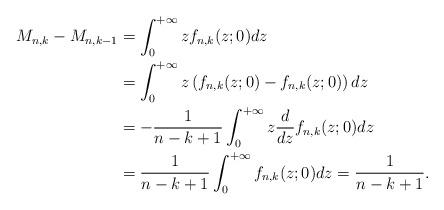
LaTeX: \begin{align*}M_{n,k}-M_{n,k-1}&=\int_{0}^{+\infty}zf_{n,k}(z;0)dz\\&=\int_{0}^{+\infty}z\left(f_{n,k}(z;0)-f_{n,k}(z;0)\right)dz\\&=-\frac{1}{n-k+1}\int_{0}^{+\infty}z\frac{d}{dz}f_{n,k}(z;0)dz\\&=\frac{1}{n-k+1}\int_{0}^{+\infty}f_{n,k}(z;0)dz=\frac{1}{n-k+1}.\end{align*}